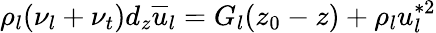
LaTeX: \rho_{l}(\nu_{l}+\nu_{t})d_{z}\overline{{u}}_{l}=G_{l}(z_{0}-z)+\rho_{l}u_{l}^{*2}